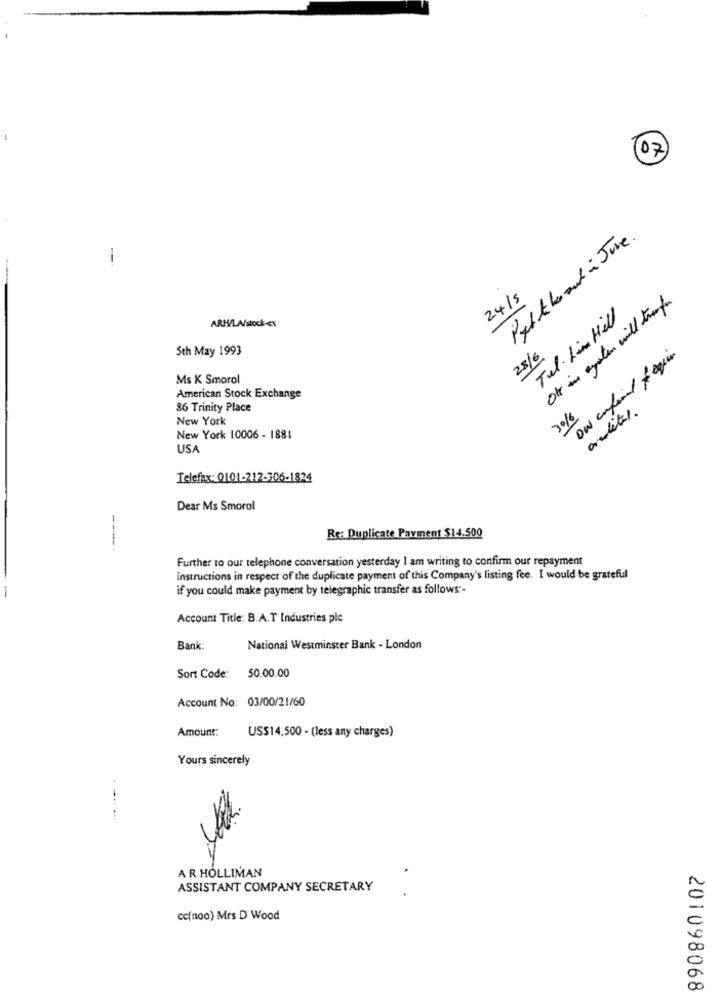
(07
--
Pythe board in June .
24/5
Of in agaton will transfer
Tel. LimHill
ARH/LA/stock-ex
Sth May 1993
28/6
Ms K Smorol
American Stock Exchange
86 Trinity Place
New York
3016
New York 10006 - 1881
USA
Telefax: 0101-212-306-1824
-------
Dear Ms Smorol
Re: Duplicate Payment $14.500
Further to our telephone conversation yesterday I am writing to confirm our repayment
instructions in respect of the duplicate payment of this Company's listing fee. I would be grateful
if you could make payment by telegraphic transfer as follows :-
Account Title: B.A.T Industries ple
Bank:
National Westminster Bank - London
50.00.00
Sort Code:
Account No: 03/00/21/60
Amount:
US$14,500 - (less any charges)
Yours sincerely
AR HOLLIMAN
890860107
ASSISTANT COMPANY SECRETARY
cc(noo) Mrs D Wood